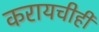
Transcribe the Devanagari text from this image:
करायचीही